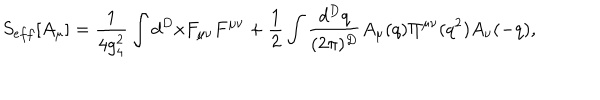
S _ { e f f } [ A _ { \mu } ] = { \frac { 1 } { 4 g _ { 4 } ^ { 2 } } } \int d ^ { D } x F _ { \mu \nu } F ^ { \mu \nu } + { \frac { 1 } { 2 } } \int { \frac { d ^ { D } q } { ( 2 \pi ) ^ { D } } } A _ { \mu } ( q ) \Pi ^ { \mu \nu } ( q ^ { 2 } ) A _ { \nu } ( - q ) ,